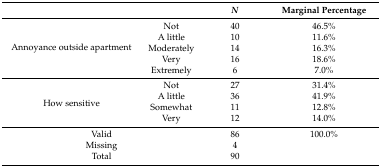
<table><thead><tr><td colspan="2"></td><td><b><i>N</i></b></td><td><b>Marginal Percentage</b></td></tr></thead><tbody><tr><td rowspan="5">Annoyance outside apartment</td><td>Not</td><td>40</td><td>46.5%</td></tr><tr><td>A little</td><td>10</td><td>11.6%</td></tr><tr><td>Moderately</td><td>14</td><td>16.3%</td></tr><tr><td>Very</td><td>16</td><td>18.6%</td></tr><tr><td>Extremely</td><td>6</td><td>7.0%</td></tr><tr><td rowspan="4">How sensitive</td><td>Not</td><td>27</td><td>31.4%</td></tr><tr><td>A little</td><td>36</td><td>41.9%</td></tr><tr><td>Somewhat</td><td>11</td><td>12.8%</td></tr><tr><td>Very</td><td>12</td><td>14.0%</td></tr><tr><td colspan="2">Valid</td><td>86</td><td>100.0%</td></tr><tr><td colspan="2">Missing</td><td>4</td><td></td></tr><tr><td colspan="2">Total</td><td>90</td><td></td></tr></tbody></table>